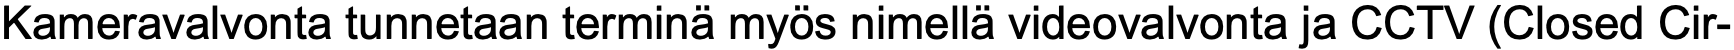
Kameravalvonta tunnetaan terminä myös nimellä videovalvonta ja CCTV (Closed Cir-